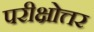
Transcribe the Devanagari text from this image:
परीक्षोत्तर